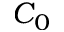
C _ { 0 }